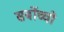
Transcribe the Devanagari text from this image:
सर्बोच्चो